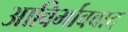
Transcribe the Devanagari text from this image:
आविर्भाववाद